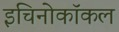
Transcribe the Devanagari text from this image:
इचिनोकॉकल